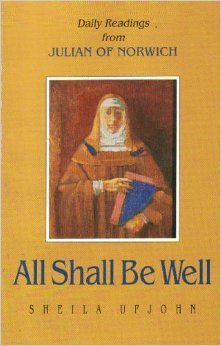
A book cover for All Shall Be Well: Daily Readings from Julian of Norwich : Revelations of Divine Love; Julian of Norwich; Christian Books & Bibles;